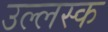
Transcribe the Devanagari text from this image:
उल्लस्क